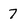
Character: 7